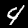
Label: 4